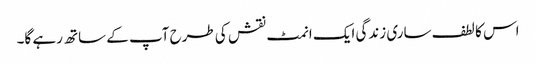
اس کا لطف ساری زندگی ایک انمٹ نقش کی طرح آپ کے ساتھ رہے گا۔